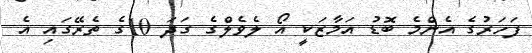
ފަހަރުގެ އެންމެ ބޮޑު އަމާޒަކީ އޯ ލެވެލްގެ ގަދަ 10ގެ ތެރޭގައި އެ